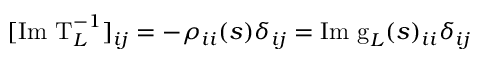
[ \mathrm { I m ~ T } _ { L } ^ { - 1 } ] _ { i j } = - \rho _ { i i } ( s ) \delta _ { i j } = \mathrm { I m ~ g } _ { L } ( s ) _ { i i } \delta _ { i j }